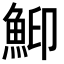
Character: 鮣